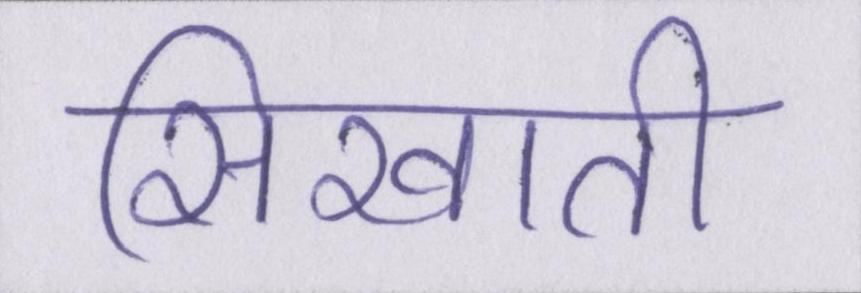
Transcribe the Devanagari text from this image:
सिखाती